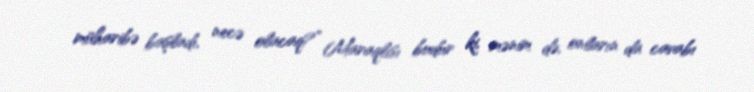
müharibə başladı, necə olacaq?” Maraqlısı budur ki, mənim də, onların da cavabı